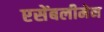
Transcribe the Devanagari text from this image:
एसेंबलीमेन